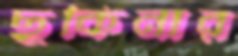
ছকিনার